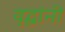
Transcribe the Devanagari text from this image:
वृद्धांनी